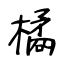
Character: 橘